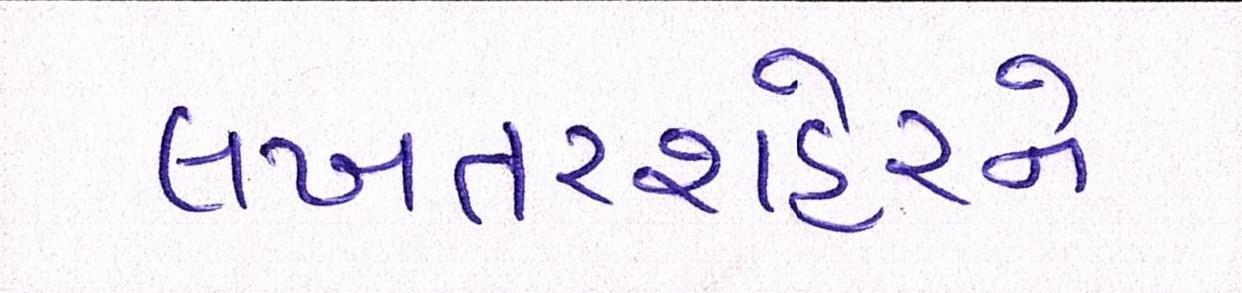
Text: લખતરશહેરને